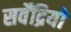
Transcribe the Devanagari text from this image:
सर्वेंद्रियों